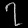
Digit: ၇